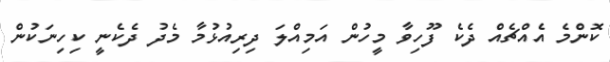
ކޮންމެ އެއްޗެއް ދެކެ ފޫހިވާ މީހުން އަމިއްލަ ދިރިއުޅުމާ މެދު ދެކެނީ ކިހިނަކުން